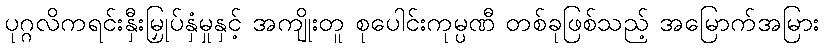
ပုဂ္ဂလိကရင်းနှီးမြှုပ်နှံမှုနှင့် အကျိုးတူ စုပေါင်းကုမ္ပဏီ တစ်ခုဖြစ်သည့် အမြောက်အမြား